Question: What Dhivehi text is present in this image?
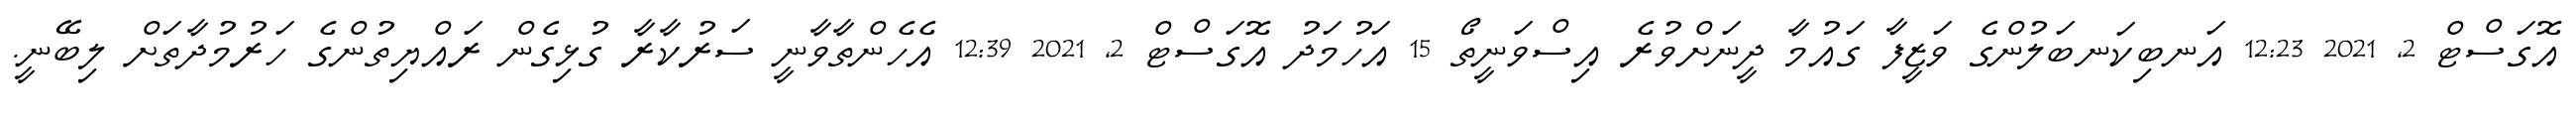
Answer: އޮގަސްޓް 2, 2021 12:23 އަނބިކަނބަލުންގެ ވަޒީފާ ގައުމާ ދީނަށްވުރެ އިސްވަނީތޯ 15 އަހުމަދު އޮގަސްޓް 2, 2021 12:39 އެހެންތާވާނީ ސަރުކާރާ ގުޅިގެން ރައްޔިތުންގެ ހަރުމުދާތަށް ލިބޭނީ.